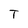
Character: T